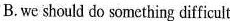
B.we should do something difficult